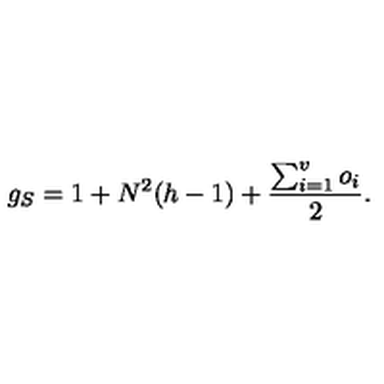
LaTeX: g _ { S } = 1 + N ^ { 2 } ( h - 1 ) + \frac { \sum _ { i = 1 } ^ { v } o _ { i } } { 2 } .